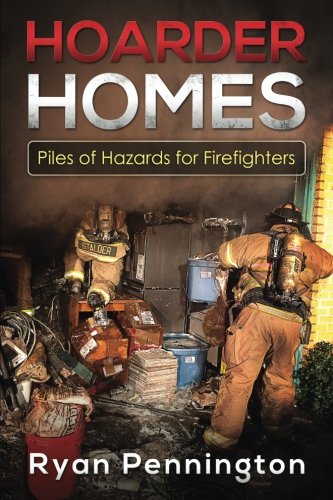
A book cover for Hoarder Homes:Piles of Hazards for Firefighters; Ryan E Pennington; Education & Teaching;